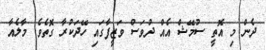
ދެން މި އޮތީ ސުމޭޝް އެއް ދުވަސް ވަޒީފާގައި ހޭދަކުރާ ގޮތެވެ. މާލެއާ